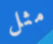
مثل